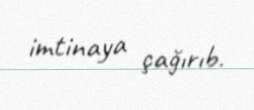
imtinaya çağırıb.